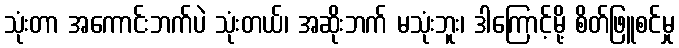
သုံးတာ အကောင်းဘက်ပဲ သုံးတယ်၊ အဆိုးဘက် မသုံးဘူး၊ ဒါကြောင့်မို့ စိတ်ဖြူစင်မှု